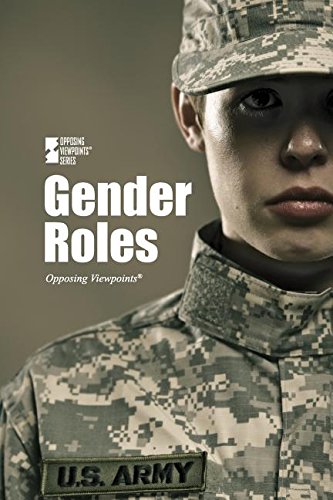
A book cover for Male/Female Roles (Opposing Viewpoints); Noel Merino; Teen & Young Adult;